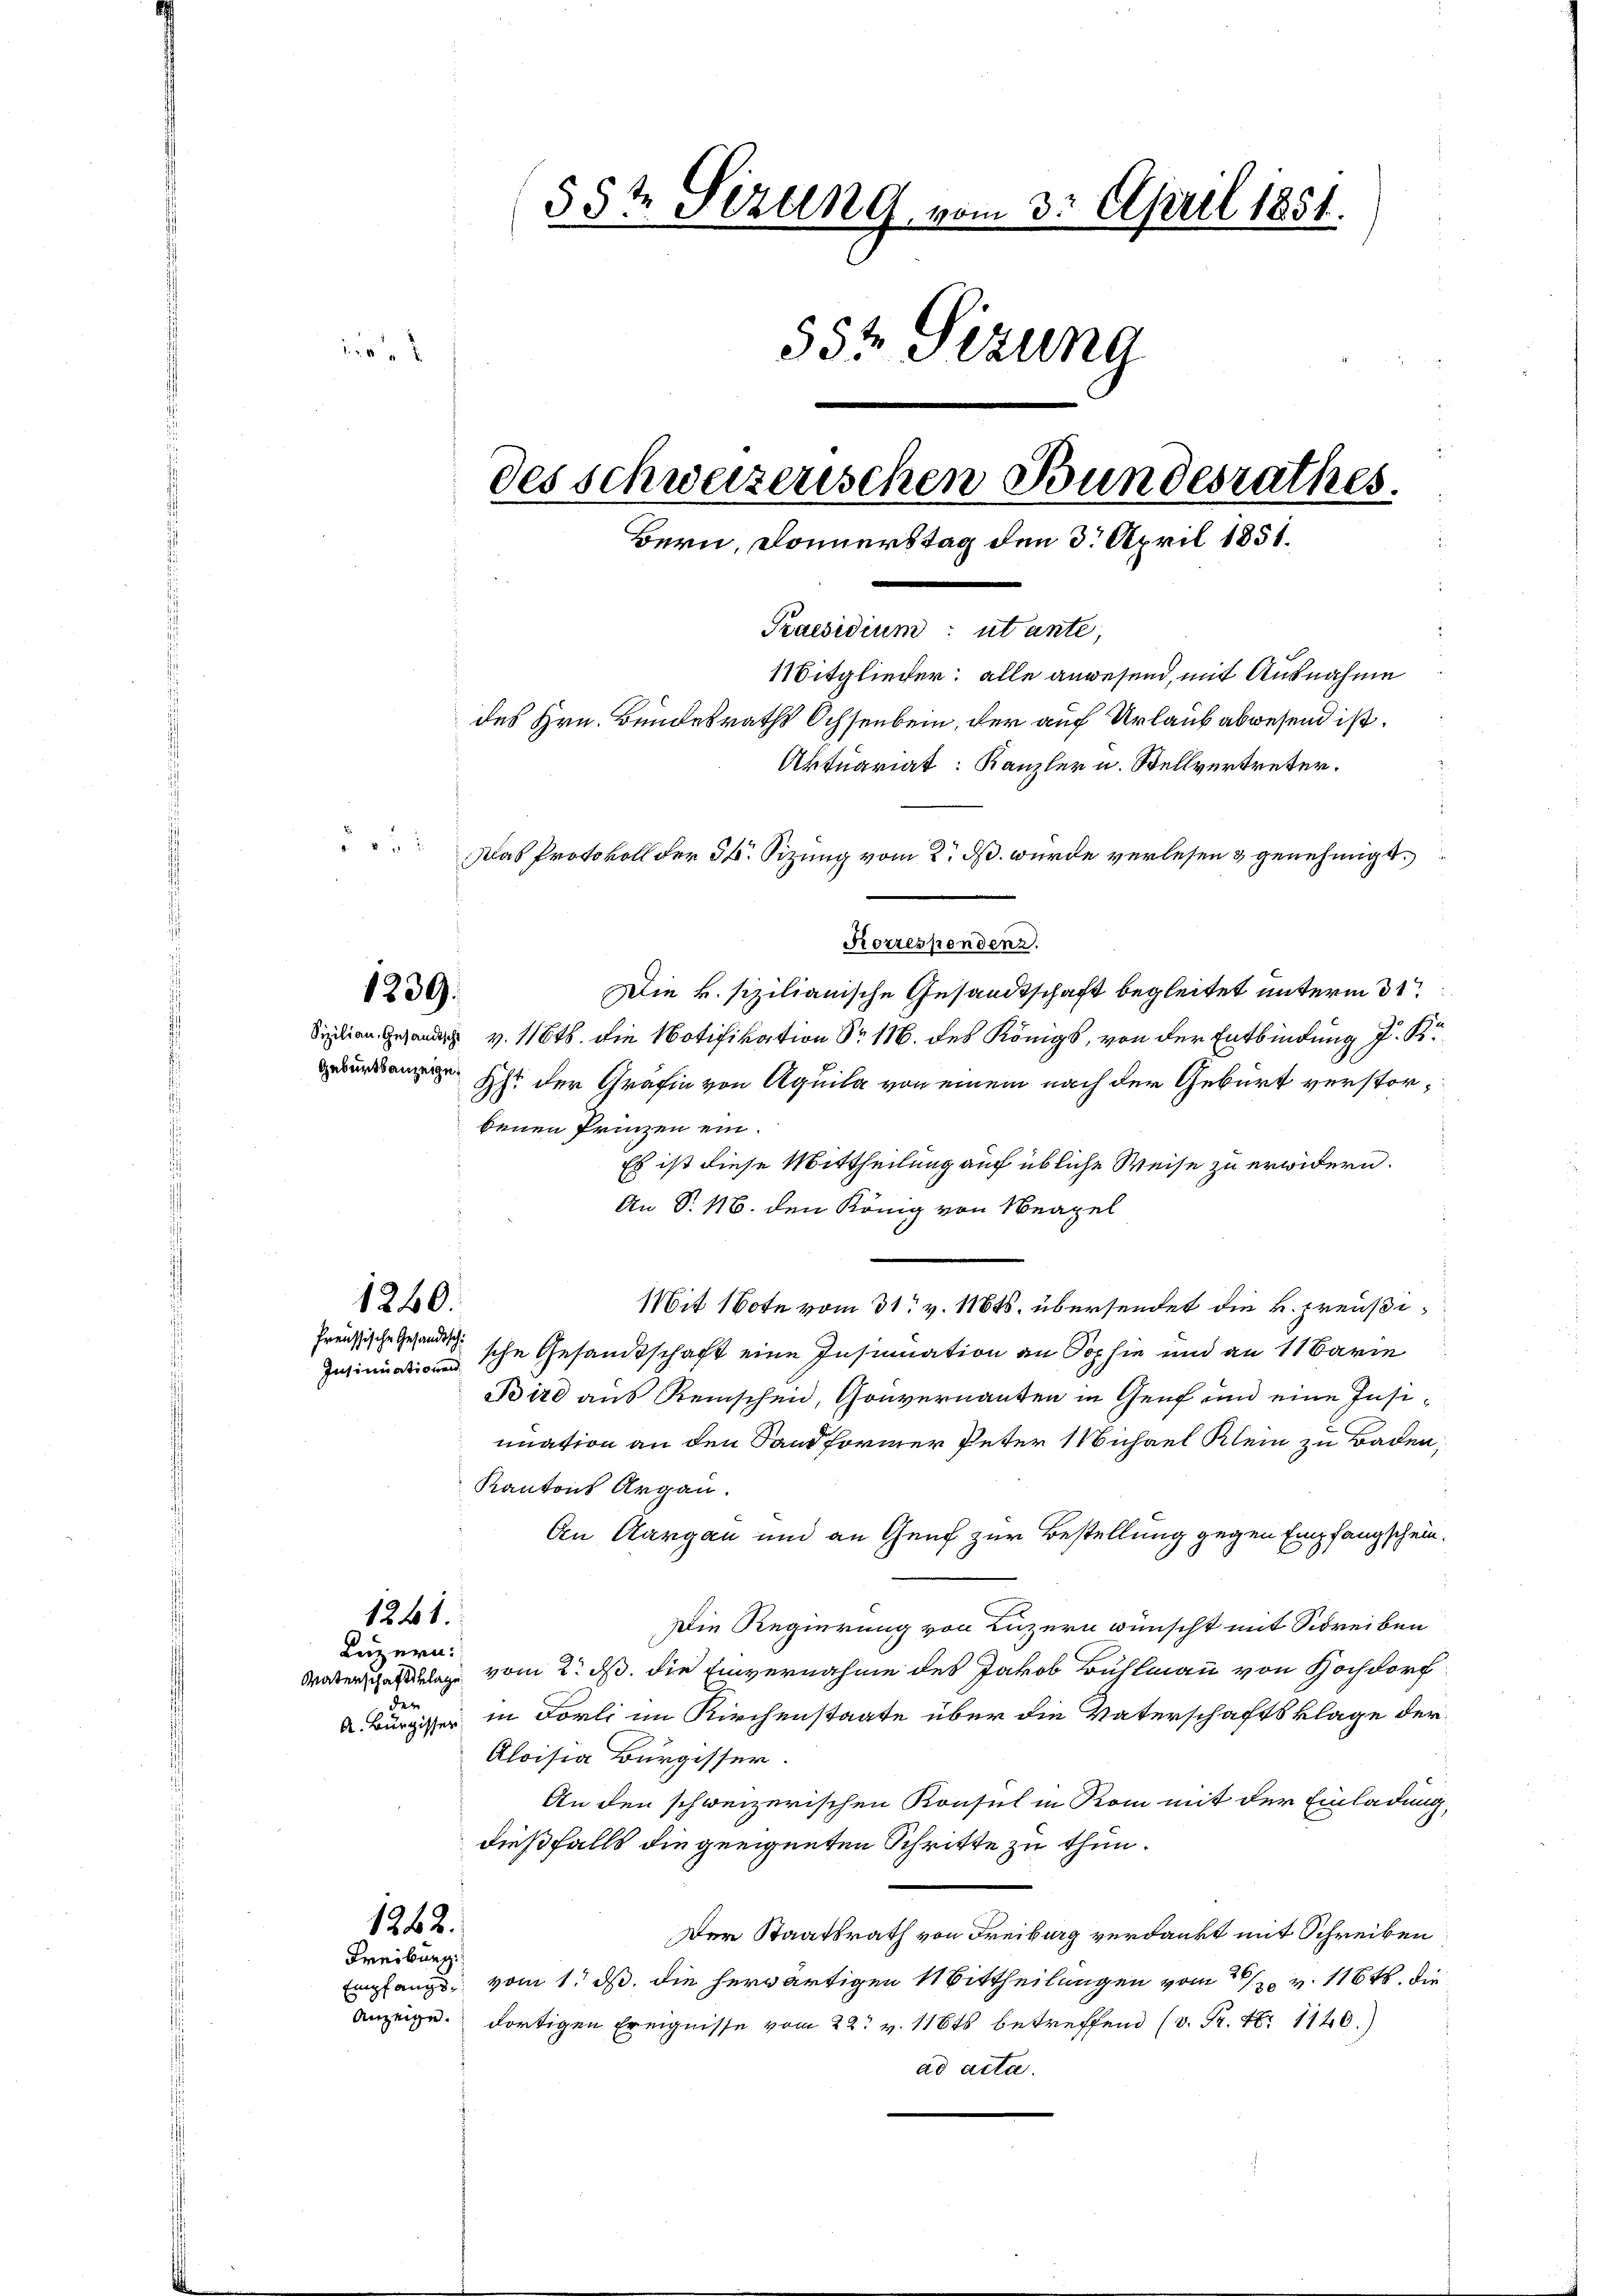
55 t Sezung vom 3. April 1851.

55te Sizung
des schweizerischen Bundesrathes.
Bern, Donnerstag den 3. April 1851.
Praesidium: utante,
Mitglieder: alle anwesend, mit Ausnahme
des Hrn. Bundesraths Ochsenbein, der auf Urlaub abwesend ist.
Aktuariat: Kanzler u. Stellvertreter.
§ 57 x
Das Protokoll der 54. Sizung vom 2. ds. wurde verlesen & genehmigt.

Korrespondenz.
Die v. sizilianische Gesandtschaft begleitet unterm 3te
Sidian Gesandt v. 116. die Notifikation Nr 116. des Königs, von der Entbindung d. Kr
Ihr der Gräfin von Aquila von einem nach der Geburt verstorbenen Prinzen ein.
Es ist diese Mittheilung auf übliche Weise zu erwidern.
An S. 16. den König von Neapel
Mit 1te vom 31. v. 116ts. übersendet die k. preußi¬
Insinuation sche Gesandtschaft eine Insinuation an Sophie und an 11 Barie
Bird aus Reischen, Gouvernanten in Genf und eine Insimnation an den Sandformer Peter Michael Klein zu Baden,
Kantons Argau.
An Aargau und an Genf zur Bestellung gegen Empfangschein¬
1241.
Die Regierung von Luzern wünscht mit Schreiben
Luzern:
Waterschaftenlage vom 2. ds. die Einvernahme des Jakob Bühlmann von Hochdorf
der
 Bürgisser in Förli im Kirchenstaate über die Vaterschaftsklage der
Aloisia Bürgisser
An den schweizerischen Konsul in Rom mit der Einladung,
dießfalls die geeigneten Schritte zu thun.
1362.
Der Staatsrath von Freiburg verdankt mit Schreiben
Freiburg.
Empfangs, vom 1. ds. die herwärtigen Mittheilungen vom 12. v. 11648. die
Anzeige. dortigen Ereignisse vom 22. v. 11845 betreffend (v. Fr. 4. 1140.)
ad acta.

1239.

Geburtsanzeige.

1240.
Preussische Gesandtsche